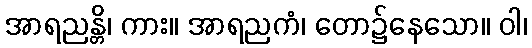
အာရညန္တိ၊ ကား။ အာရညကံ၊ တော၌နေသော။ ဝါ၊